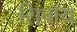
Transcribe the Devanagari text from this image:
सिपॉय